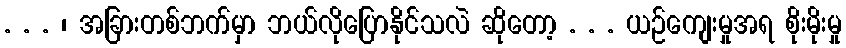
. . . ၊ အခြားတစ်ဘက်မှာ ဘယ်လိုပြောနိုင်သလဲ ဆိုတော့ . . . ယဉ်ကျေးမှုအရ စိုးမိုးမှု